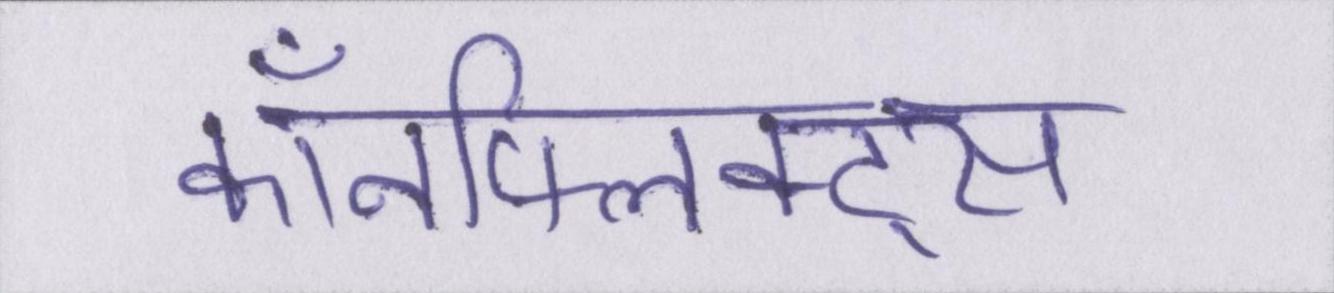
कॉनफ्लिक्ट्स